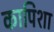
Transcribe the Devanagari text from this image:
कापिशा